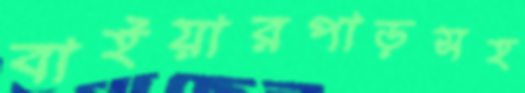
বাইয়ারপাড়সহ